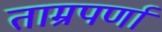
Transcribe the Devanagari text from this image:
ताम्रपर्णा